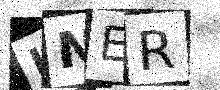
Text: LNER